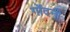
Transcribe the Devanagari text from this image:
गोंदनी